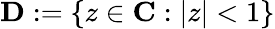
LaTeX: \mathbf{D}:=\{ z\in\mathbf{C}:|z|<1\}